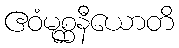
ဧဝံမုစ္ဆနီယောတိ